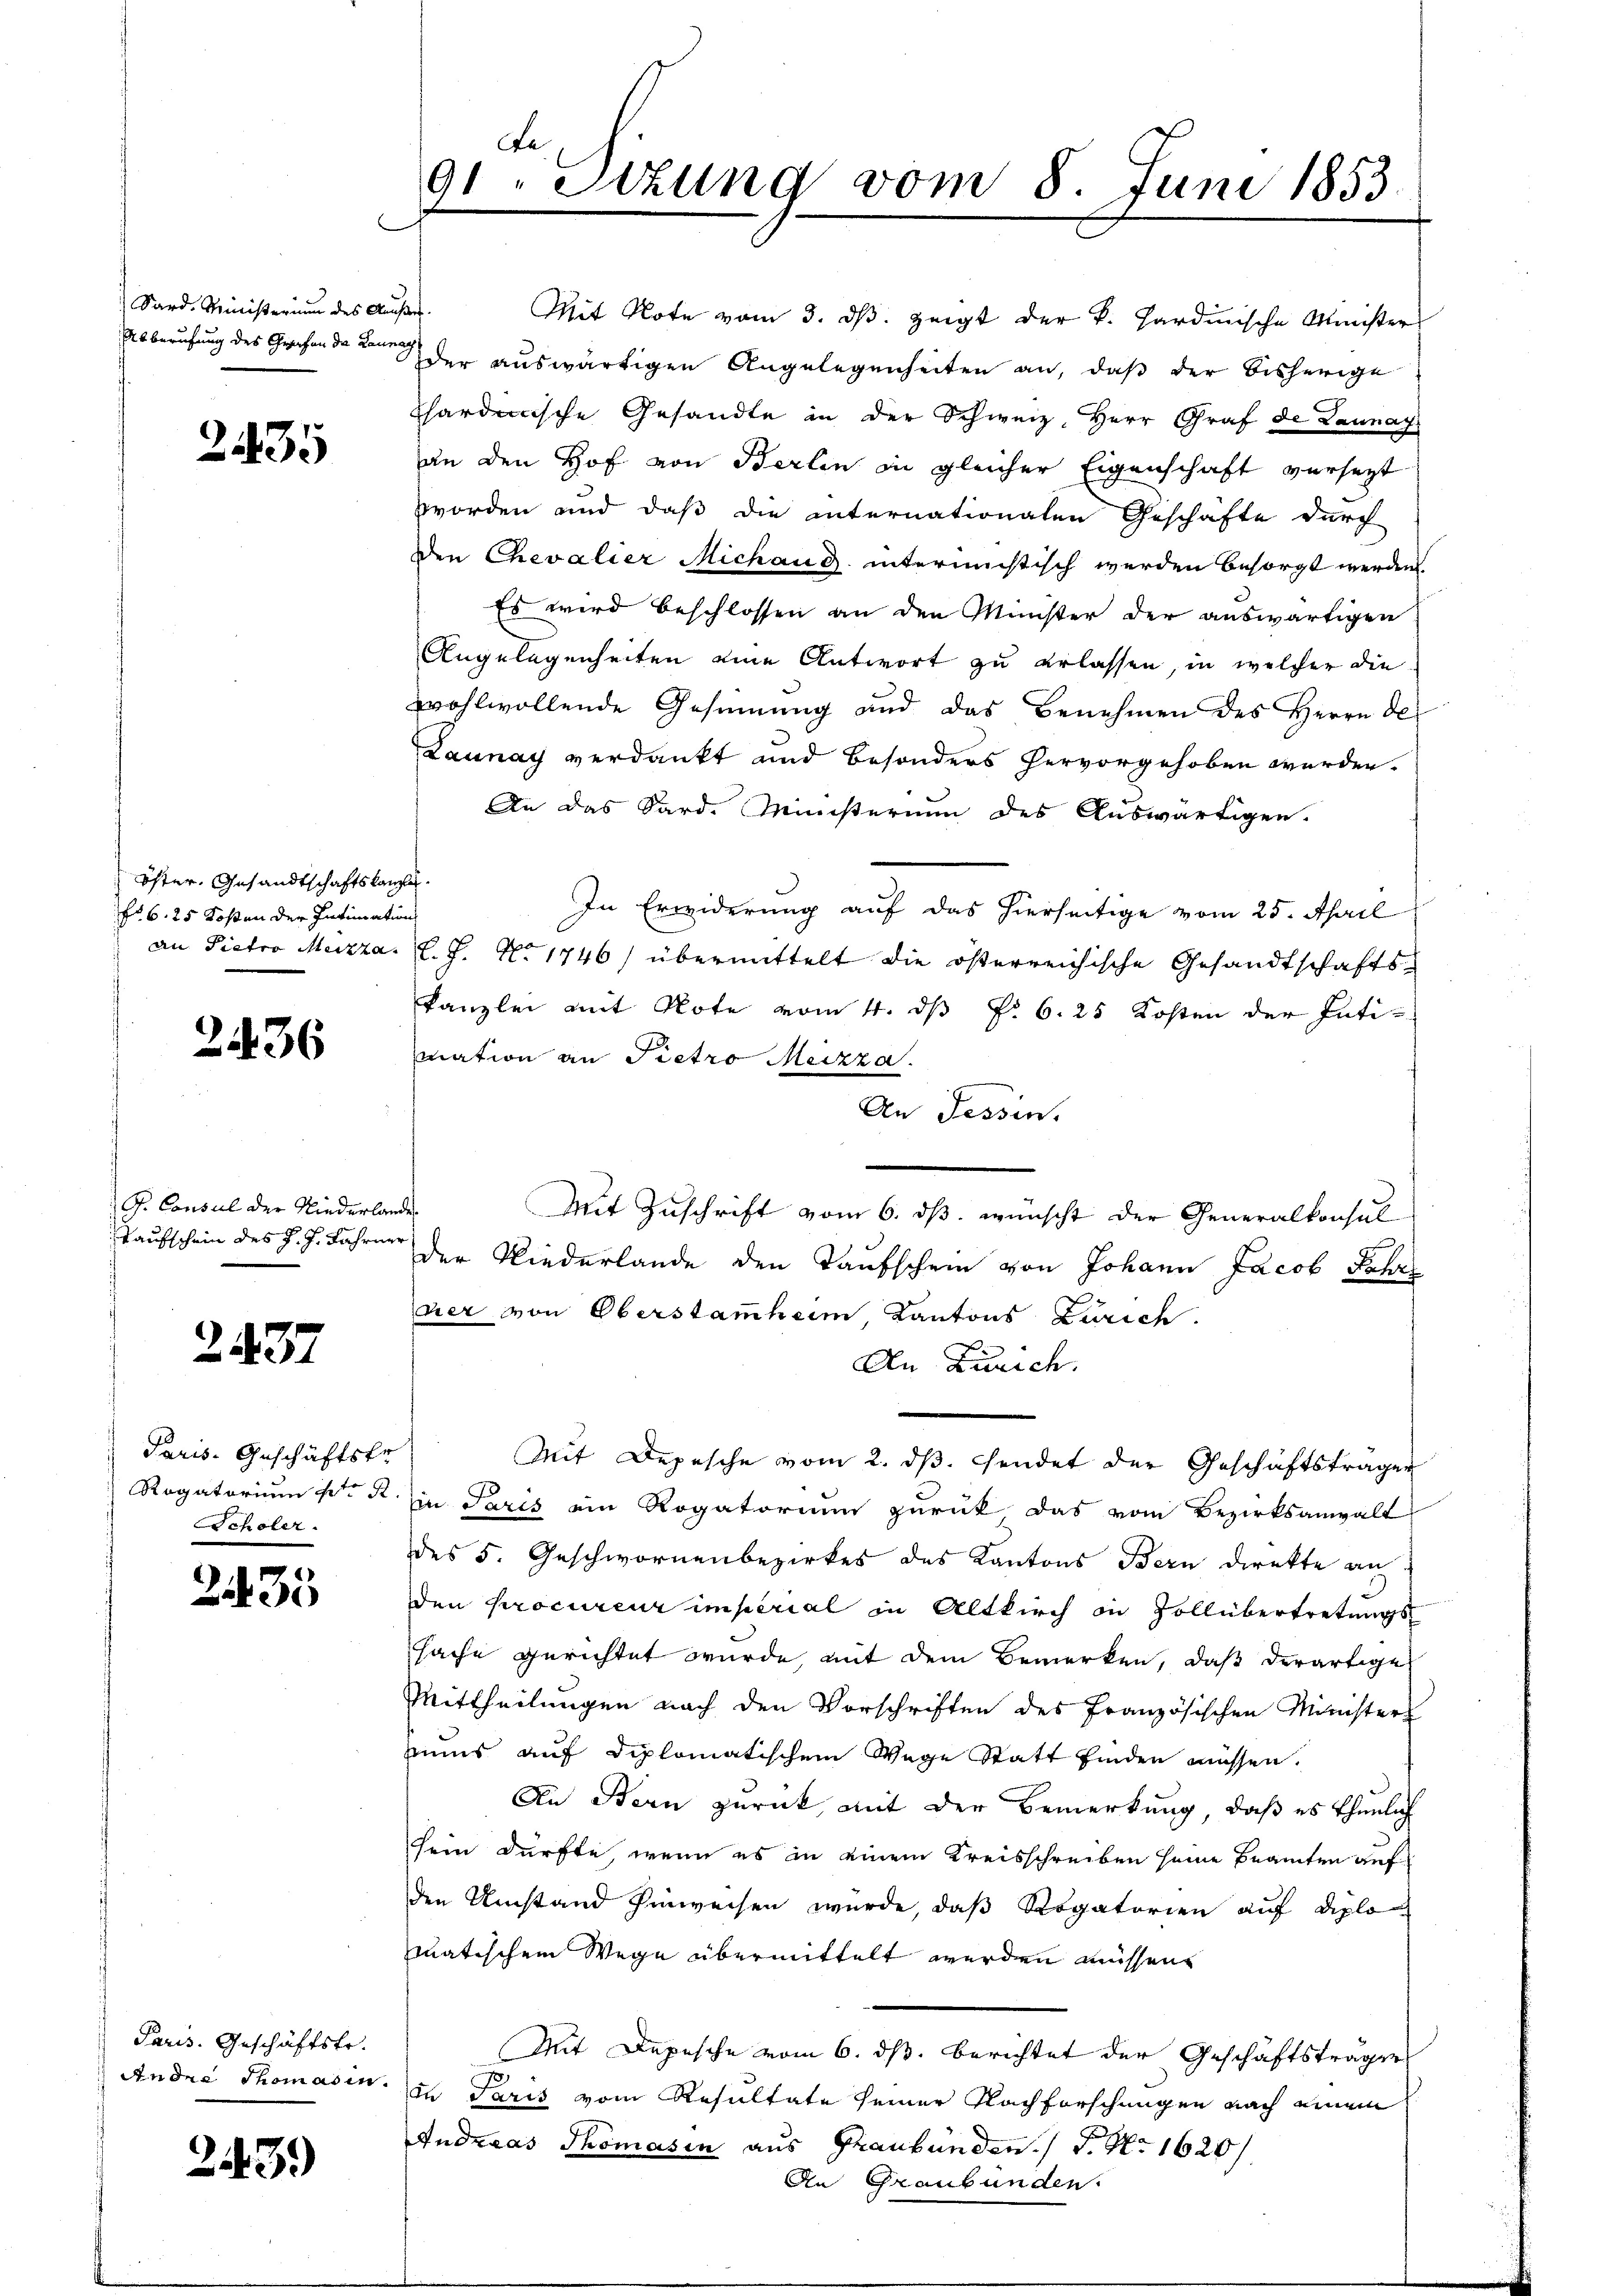
Sard. Ministerium des Auf
Abberufung des Gesuchen da Launeg

2435

öster. Gesandtschaftskanzen.
No. 6. 25 Kosten der Intimation
an Pieter Mitta

2436

G. Consul der Niederlan
Taufschein des J. J. Jahrner

2437

Paris. Geschäftsfr.
Rogatorium deto R
Scholer.

2435

Paris. Geschäftstr.
Ander Thomas in

2443)

Le
91. Sizung vom 8. Juni 1853.

.
Mit Note vom 3. ds. zeigt der k. Hardinische Minister
der auswärtigen Angelegenheiten an, daß der bisherige
hardische Gesandte in der Schweiz. Herr Graf de Launay
an den Hof von Berlin in gleicher Eigenschaft versezt
worden und daß die internationalen Geschäfte durch
den Chevalier Michaus internichtisch werden besorgt werden.
Es wird beschlossen an den Münster der auswärtigen
Angelegenheiten eine Antwort zu erlassen, in welcher die
wohlwollende Gesinnung und das Benehmen des Herrn De
Launay verdankt und besonders hervorgehoben werden.
An das Sard. Ministerium des Auswärtigen.
In Erwiderung auf das hierseitige vom 25. April
L. J. No 1746) übermittelt die österreichische Gesandtschaftskanzlei mit Note vom 4. dß §. 6. 25 Kosten der Inti-
mation an Pietro Merzza.
An Tessin.
de
Mit Zuschrift vom 6. ds. wünscht der Generalkonsul
der Niederlande den Taufschein von Johann Jacob Schr
der von Oberstammheim, Kantons Zürich
An Zürich.
Mit Depesche vom 2. dβ. sendet der Geschäftsträger
in Paris ein Rogatorium zurück das vom Bezirksanwalt
des 5. Geschwornenbezirkes des Kantons Bern direkte an
den procureur imperial in Altkirch in Vollübertretungs
sache gerichtet wurde, mit dem Bemerken, daß derartige
Mittheilungen nach den Vorschriften des Französischen Minister
uns auf diplomatischem Wege Statt finden müssen.
An Bern zurück mit der Bemerkung, daß es thunlich
sein dürfte, wenn es in einem Kreisschreiben seine Beamten aufden Umstand hinweisen wurde, daß Rogatorien auf diplo
matischem Wege übermittelt werden müssen
Mit Depesche vom 6. ds. berichtet der Geschäftsträger
1
in Paris vom Resultate seiner Nachforschungen nach einem
Anderas Thomasen aus Graubünden. F. No 1620/
An Graubünden.